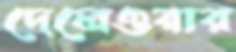
দেলেওয়ার